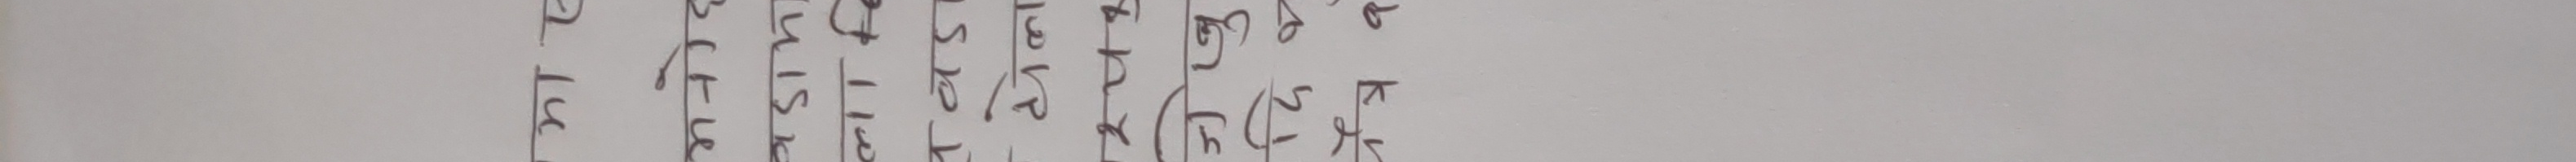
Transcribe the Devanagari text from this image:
भयो। लुइस एक सँग एक भएर खेल्न